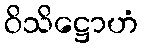
ဝိသိဋ္ဌောဟံ